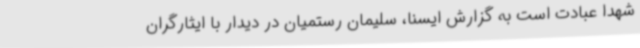
شهدا عبادت است به گزارش ایسنا، سلیمان رستمیان در دیدار با ایثارگران